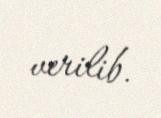
verilib.